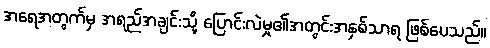
အရေအတွက်မှ အရည်အချင်းသို့ ပြောင်းလဲမှု၏အတွင်းအနှစ်သာရ ဖြစ်ပေသည်။